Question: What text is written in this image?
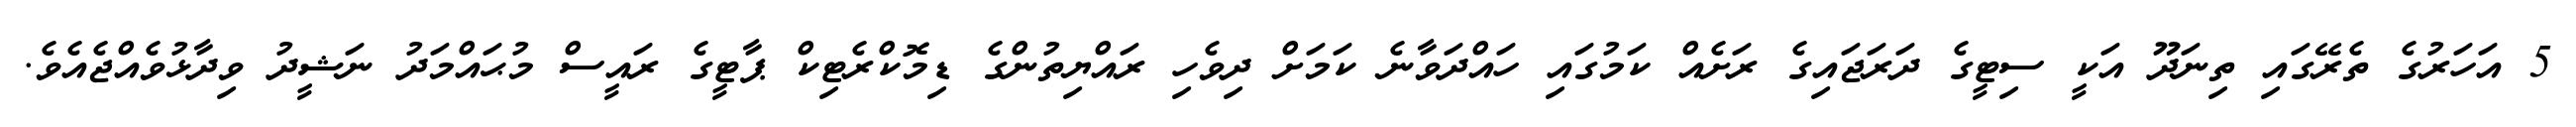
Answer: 5 އަހަރުގެ ތެރޭގައި ތިނަދޫ އަކީ ސިޓީގެ ދަރަޖައިގެ ރަށެއް ކަމުގައި ހައްދަވާނެ ކަމަށް ދިވެހި ރައްޔިތުންގެ ޑިމޮކްރެޓިކް ޕާޓީގެ ރައީސް މުޙައްމަދު ނަޝީދު ވިދާޅުވެއްޖެއެވެ.